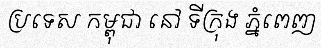
ប្រទេស កម្ពុជា នៅ ទីក្រុង ភ្នំពេញ